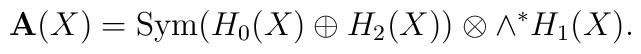
{\bf A}(X)={\rm Sym}(H_0(X) \oplus H_2(X))\otimes \wedge ^* H_1(X).